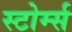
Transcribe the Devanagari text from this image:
स्टोर्म्स